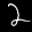
Label: 2